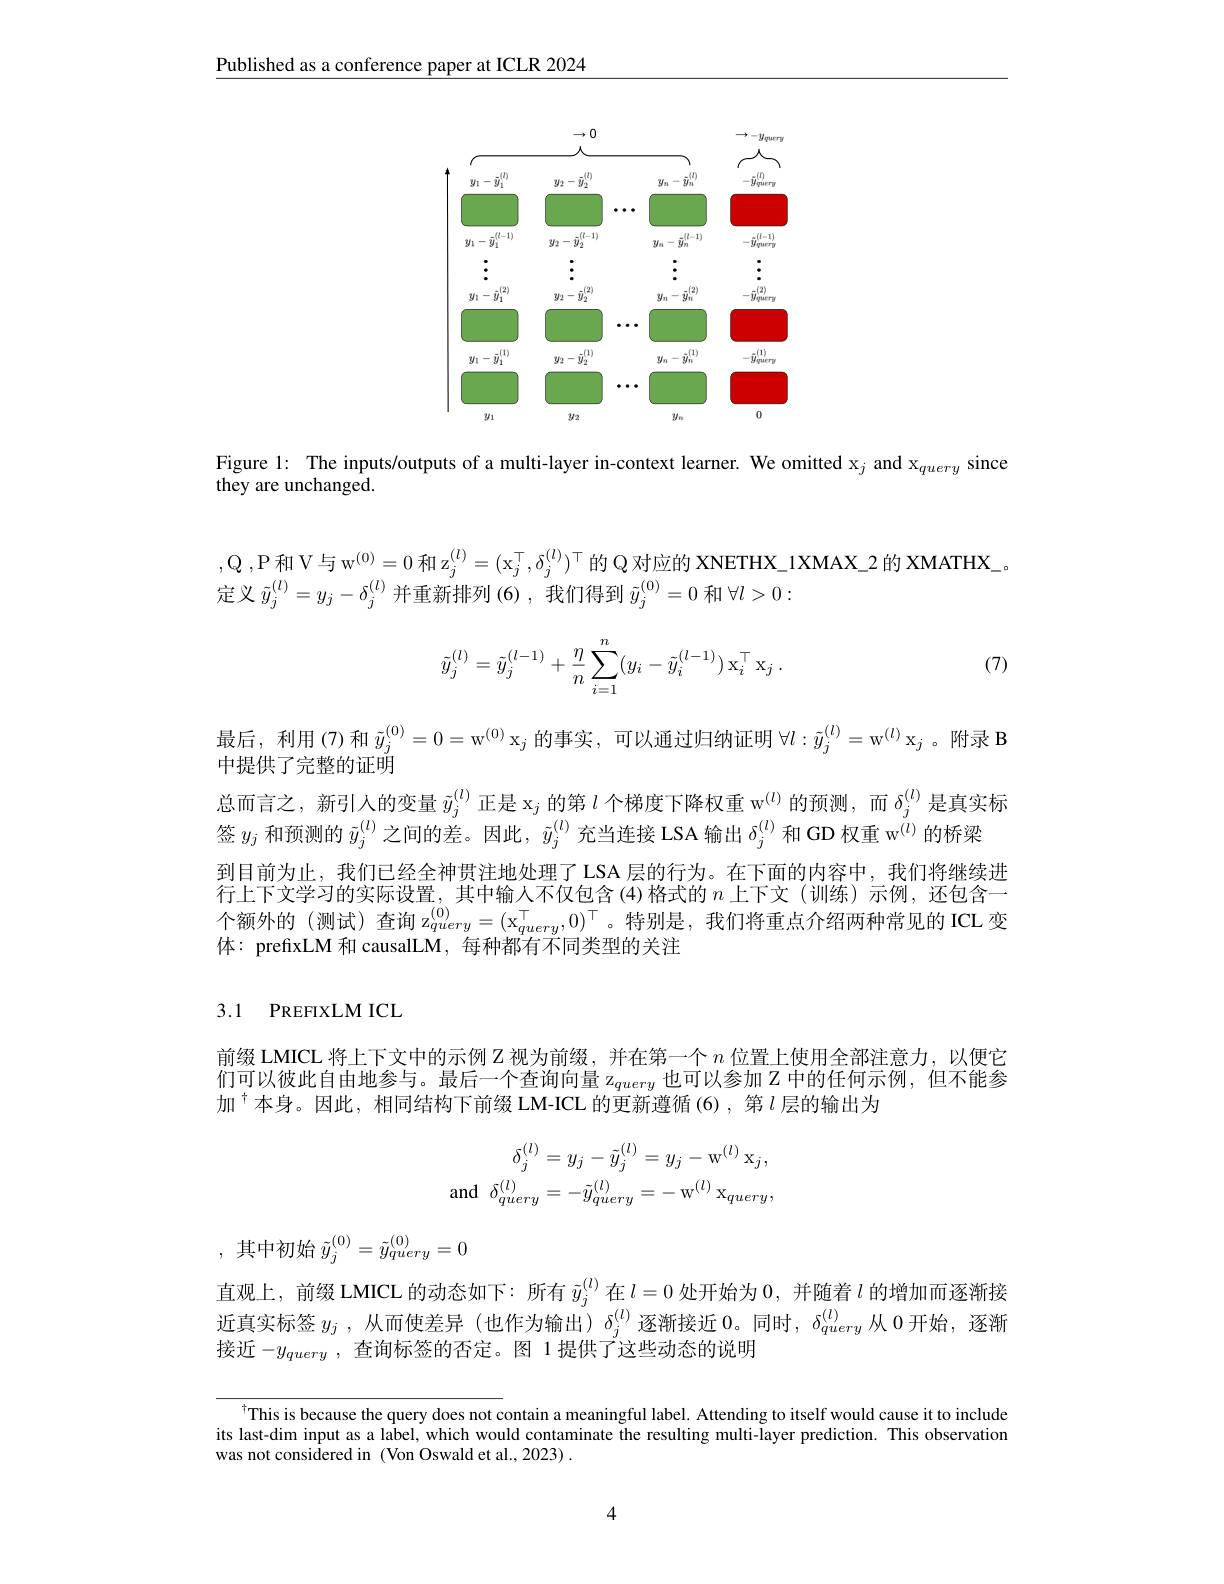
Published as a conference paper at ICLR 2024

<FigureHere>

Figure 1: The inputs/outputs of a multi-layer in-context learner. We omitted x$_j$ and x$_query$ since
they are unchanged.

$, \mathcal{Q} , \mathcal{P}$和 V与 $\mathrm{w} ^{( 0) }= 0$ 和 z$_j^(l)=(\mathrm{x}_j^{\top},\delta_j^{(l)})^{\top}$的 Q 对应的 XNETHX\_1XMAX\_2 的 XMATHX\_。
定义$\tilde{y}_j^{(l)}=y_j-\delta_j^{(l)}$并重新排列 (6),我们得到$\tilde{y}_j^{(0)}=0$和$\forall l>0:$

(7)
$$\tilde{y}_j^{(l)}=\tilde{y}_j^{(l-1)}+\frac{\eta}{n}\sum_{i=1}^n(y_i-\tilde{y}_i^{(l-1)})\:\mathrm{x}_i^\top\:\mathrm{x}_j\:.$$
最后，利用(7)和$\tilde{y}_j^{(0)}=0=\mathrm{w}^{(0)}$x$_j$ 的事实，可以通过归纳证明 $\forall l:\tilde{y}_j^{(l)}=\mathrm{w}^{(l)}$ x$_j$ 。附录 B
中提供了完整的证明
总而言之，新引人的变量$\tilde{y}_j^{(l)}$正是 x$_j$的第$l\text{ 个梯度下降权重 w}^{(l)}$的预测，而$\delta_j^{(l)}$是真实标
签$y_j$和预测的$\tilde{y}_j^{(l)}$之间的差。因此，$\tilde{y}_j^{(l)}$充当连接 LSA 输出$\delta_j^{(l)}$和 GD 权重 w$^{(l)}$的桥梁
到目前为止，我们已经全神贯注地处理了 LSA 层的行为。在下面的内容中，我们将继续进行上下文学习的实际设置，其中输人不仅包含(4)格式的$n$上下文 (训练)示例，还包含一个额外的(测试)查询 z$_{query}^{(0)}=(\mathrm{x}_{query}^\top,0)^\top$。特别是，我们将重点介绍两种常见的 ICL 变体：prefixLM 和 causalLM, 每种都有不同类型的关注

3.1 PREFIXLM ICL

前缀 LMICL 将上下文中的示例 Z 视为前缀，并在第一个$n$位置上使用全部注意力，以便它们可以彼此自由地参与。最后一个查询向量 z$_query$也可以参加 Z 中的任何示例，但不能参加$^{\dagger}$本身。因此，相同结构下前缀 LM-ICL 的更新遵循(6),第$l$层的输出为
$$\begin{aligned}\delta_{j}^{(l)}&=y_{j}-\tilde{y}_{j}^{(l)}=y_{j}-\mathrm{w}^{(l)}\:\mathrm{x}_{j},\\\mathrm{and}\:\delta_{query}^{(l)}&=-\tilde{y}_{query}^{(l)}=-\:\mathrm{w}^{(l)}\:\mathrm{x}_{query},\end{aligned}$$
,其中初始$\tilde{y}_j^{(0)}=\tilde{y}_{query}^{(0)}=0$

直观上，前缀 LMICL 的动态如下：所有$\tilde{y}_j^{(l)}$在$l=0$处开始为0，并随着$l$的增加而逐渐接近真实标签$y_j$ ,从而使差异 (也作为输出) $\delta_j^{(l)}$逐渐接近0。同时，$\delta_query^{(l)}$从 0开始，逐渐接近 $-y_{query}$ ,查询标签的否定。图 1 提供了$^{\prime}$这些动态的说明

$^{\dagger}$This is because the query does not contain a meaningful label. Attending to itself would cause it to include its last-dim input as a label, which would contaminate the resulting multi-layer prediction. This observation was not considered in (Von Oswald et al.,2023) .

4